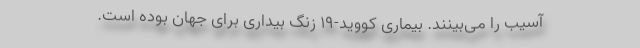
آسیب را می‌بینند. بیماری کووید-۱۹ زنگ بیداری برای جهان بوده است.